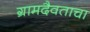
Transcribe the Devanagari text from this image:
ग्रामदैवताचा